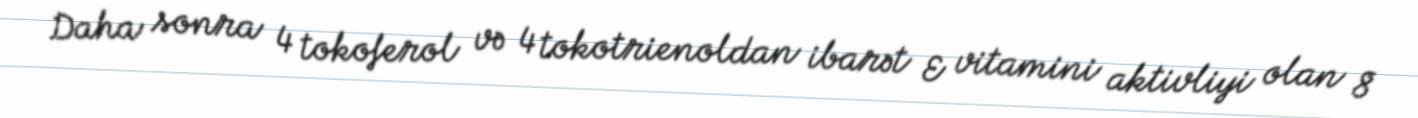
Daha sonra 4 tokoferol və 4 tokotrienoldan ibarət E vitamini aktivliyi olan 8